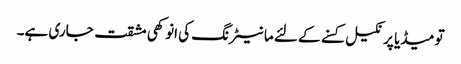
تو میڈیا پر نکیل کسنے کے لئے مانیٹرنگ کی انوکھی مشقت جاری ہے۔